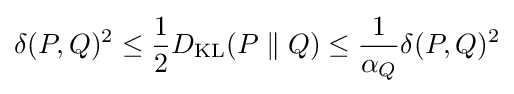
\delta (P,Q)^{2}\leq {\frac {1}{2}}D_{\mathrm {KL} }(P\parallel Q)\leq {\frac {1}{\alpha _{Q}}}\delta (P,Q)^{2}